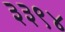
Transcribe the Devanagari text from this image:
३३९४